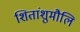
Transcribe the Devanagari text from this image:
शितांशुमौलि